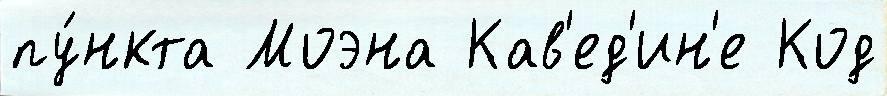
пу́нкта Моэна Кав'ед'ин'е Код